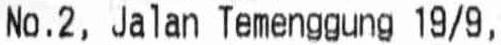
NO.2, JALAN TEMENGGUNG 19/9,